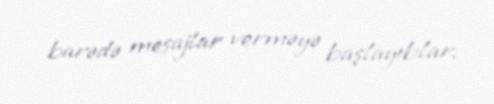
barədə mesajlar verməyə başlayıblar.